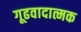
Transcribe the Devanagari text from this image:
गूढवादात्मक